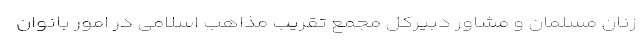
زنان مسلمان و مشاور دبیرکل مجمع تقریب مذاهب اسلامی در امور بانوان